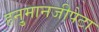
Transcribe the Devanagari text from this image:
हनु्मानजीपेटा